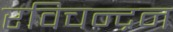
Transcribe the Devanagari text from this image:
रविचन्द्रन